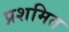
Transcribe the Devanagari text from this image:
प्रशमित